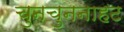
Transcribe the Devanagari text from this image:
चुनचुननाहट